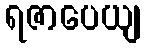
ရဇာပေယျ